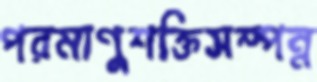
পরমাণুশক্তিসম্পন্ন